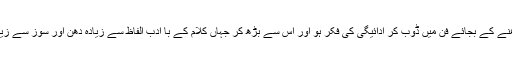
ان کے نزدیک ایسی نعتیں جہاں بے ساختہ اظہار کے بجائے بناوٹ ہو ،اور محبت میں ڈوب کر پڑھنے کے بجائے فن میں ڈوب کر ادائیگی کی فکر ہو اور اس سے بڑھ کر جہاں کلام کے با ادب الفاظ سے زیادہ دھن اور سوز سے زیادہ ساز پر دھیان ہو تو ایسی نعتوں کا انتخاب کرتے وقت رانا دلدار احمد قادری احتراز کرتے تھے ۔